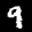
Label: 9